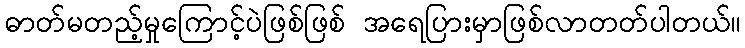
ဓာတ်မတည့်မှုကြောင့်ပဲဖြစ်ဖြစ် အရေပြားမှာဖြစ်လာတတ်ပါတယ်။